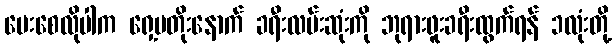
ပေးစေလိုပါက ရှေ့မတိုးနောက် ခရီးလမ်းဆုံးကို ဘုရားဖူးခရီးထွက်ရန် ၁လုံးတို့